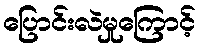
ပြောင်းလဲမှုကြောင့်